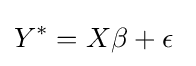
Y^{*}=X\beta +\epsilon \